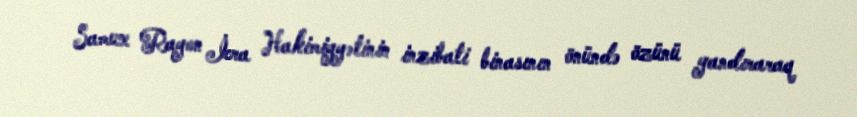
Samux Rayon İcra Hakimiyyətinin inzibati binasının önündə özünü yandıraraq